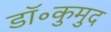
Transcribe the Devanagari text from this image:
डॉ॰कुमुद